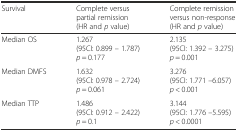
<table><thead><tr><td><b>Survival</b></td><td><b>Complete versus partial remission(HR and <i>p</i> value)</b></td><td><b>Complete remission versus non-response(HR and <i>p</i> value)</b></td></tr></thead><tbody><tr><td>Median OS</td><td>1.267(95CI: 0.899 – 1.787)<i>p</i> = 0.177</td><td>2.135(95CI: 1.392 – 3.275)<i>p</i> = 0.001</td></tr><tr><td>Median DMFS</td><td>1.632(95CI: 0.978 – 2.724)<i>p</i> = 0.061</td><td>3.276(95CI: 1.771 –6.057)<i>p</i> &lt; 0.001</td></tr><tr><td>Median TTP</td><td>1.486(95CI: 0.912 – 2.422)<i>p</i> = 0.1</td><td>3.144(95CI: 1.776 –5.595)<i>p</i> &lt; 0.0001</td></tr></tbody></table>